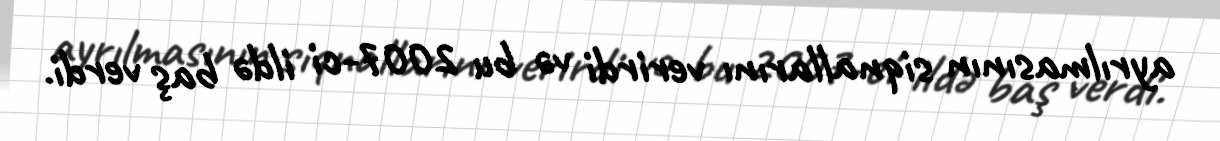
ayrılmasının siqnallarını verirdi və bu 2007-ci ildə baş verdi.